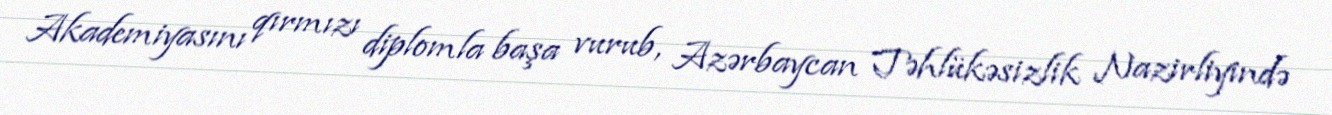
Akademiyasını qırmızı diplomla başa vurub, Azərbaycan Təhlükəsizlik Nazirliyində